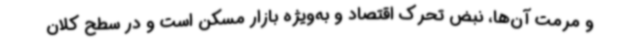
و مرمت آن‌ها، نبض تحرک اقتصاد و به‌ویژه بازار مسکن است و در سطح کلان